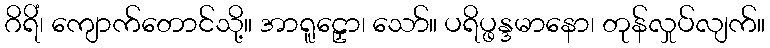
ဂိရိံ၊ ကျောက်တောင်သို့။ အာရူဠှော၊ သော်။ ပရိပ္ဖန္ဒမာနော၊ တုန်လှုပ်လျက်။